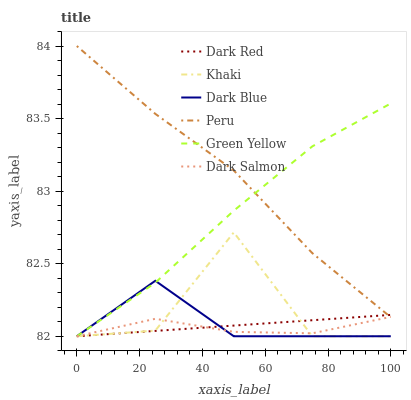
| xaxis_label | Dark Red | Khaki | Dark Blue | Peru | Green Yellow | Dark Salmon |
 | --- | --- | --- | --- | --- | --- | --- |
 | 0 | 82 | 82 | 82 | 84 | 82 | 82 |
 | 25 | 82 | 82 | 82.4 | 83.5 | 82.4 | 82.1 |
 | 50 | 82.1 | 82.7 | 82 | 83.1 | 82.9 | 82 |
 | 75 | 82.1 | 82 | 82 | 82.6 | 83.3 | 82 |
 | 100 | 82.1 | 82 | 82 | 82.1 | 83.6 | 82.1 |